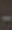
-